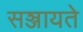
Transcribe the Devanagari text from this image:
सञ्जायते